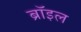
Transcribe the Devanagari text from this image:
ब्रॉइल